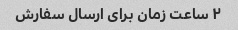
۲ ساعت زمان برای ارسال سفارش